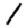
Digit: 1